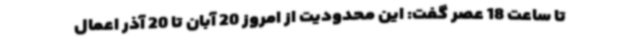
تا ساعت 18 عصر گفت: این محدودیت از امروز 20 آبان تا 20 آذر اعمال